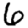
Digit: 6